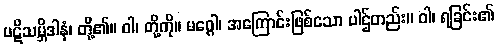
ပဋိသမ္ဘိဒါနံ၊ တို့၏။ ဝါ၊ တို့ကို။ မဂ္ဂေါ၊ အကြောင်းဖြစ်သော ပါဌ်တည်း။ ဝါ၊ ရခြင်း၏